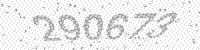
Solution: 290673